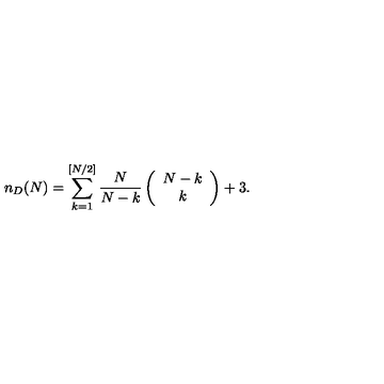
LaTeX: n _ { D } ( N ) = \sum _ { k = 1 } ^ { [ N / 2 ] } \frac { N } { N - k } \left( \begin{array} { c } { N - k } \\ { k } \\ \end{array} \right) + 3 .